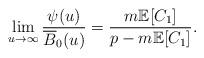
LaTeX: \begin{align*}\lim_{u\rightarrow\infty}\frac{\psi(u)}{\overline{B}_{0}(u)}=\frac{m\mathbb{E}[C_{1}]}{p-m\mathbb{E}[C_{1}]}.\end{align*}